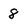
Character: 8